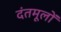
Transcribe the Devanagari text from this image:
दंतमूलों